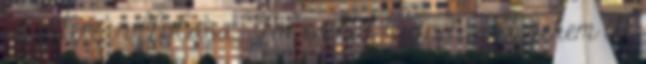
alaptéma offolása. Na és hát tudod, volt nekem itt